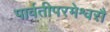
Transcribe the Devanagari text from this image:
पार्वतीपरमेश्वरौ